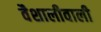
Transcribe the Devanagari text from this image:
वैशालीवाली